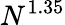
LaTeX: N^{1.35}